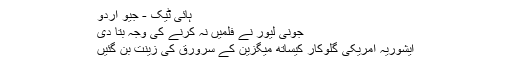
ہائی ٹیک - جیو اردو
جونی لیور نے فلمیں نہ کرنے کی وجہ بتا دی
ایشوریہ امریکی گلوکار کیساتھ میگزین کے سرورق کی زینت بن گئیں